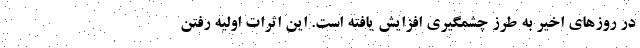
در روزهای اخیر به طرز چشمگیری افزایش یافته است. این اثرات اولیه رفتن